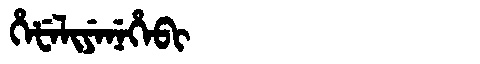
Manchu: ᡥᡝᡶᡝᠯᡳᠶᡝᠨᡝᡥᡝᠪᡳ
Romanization: HEFELIYENEHEBI